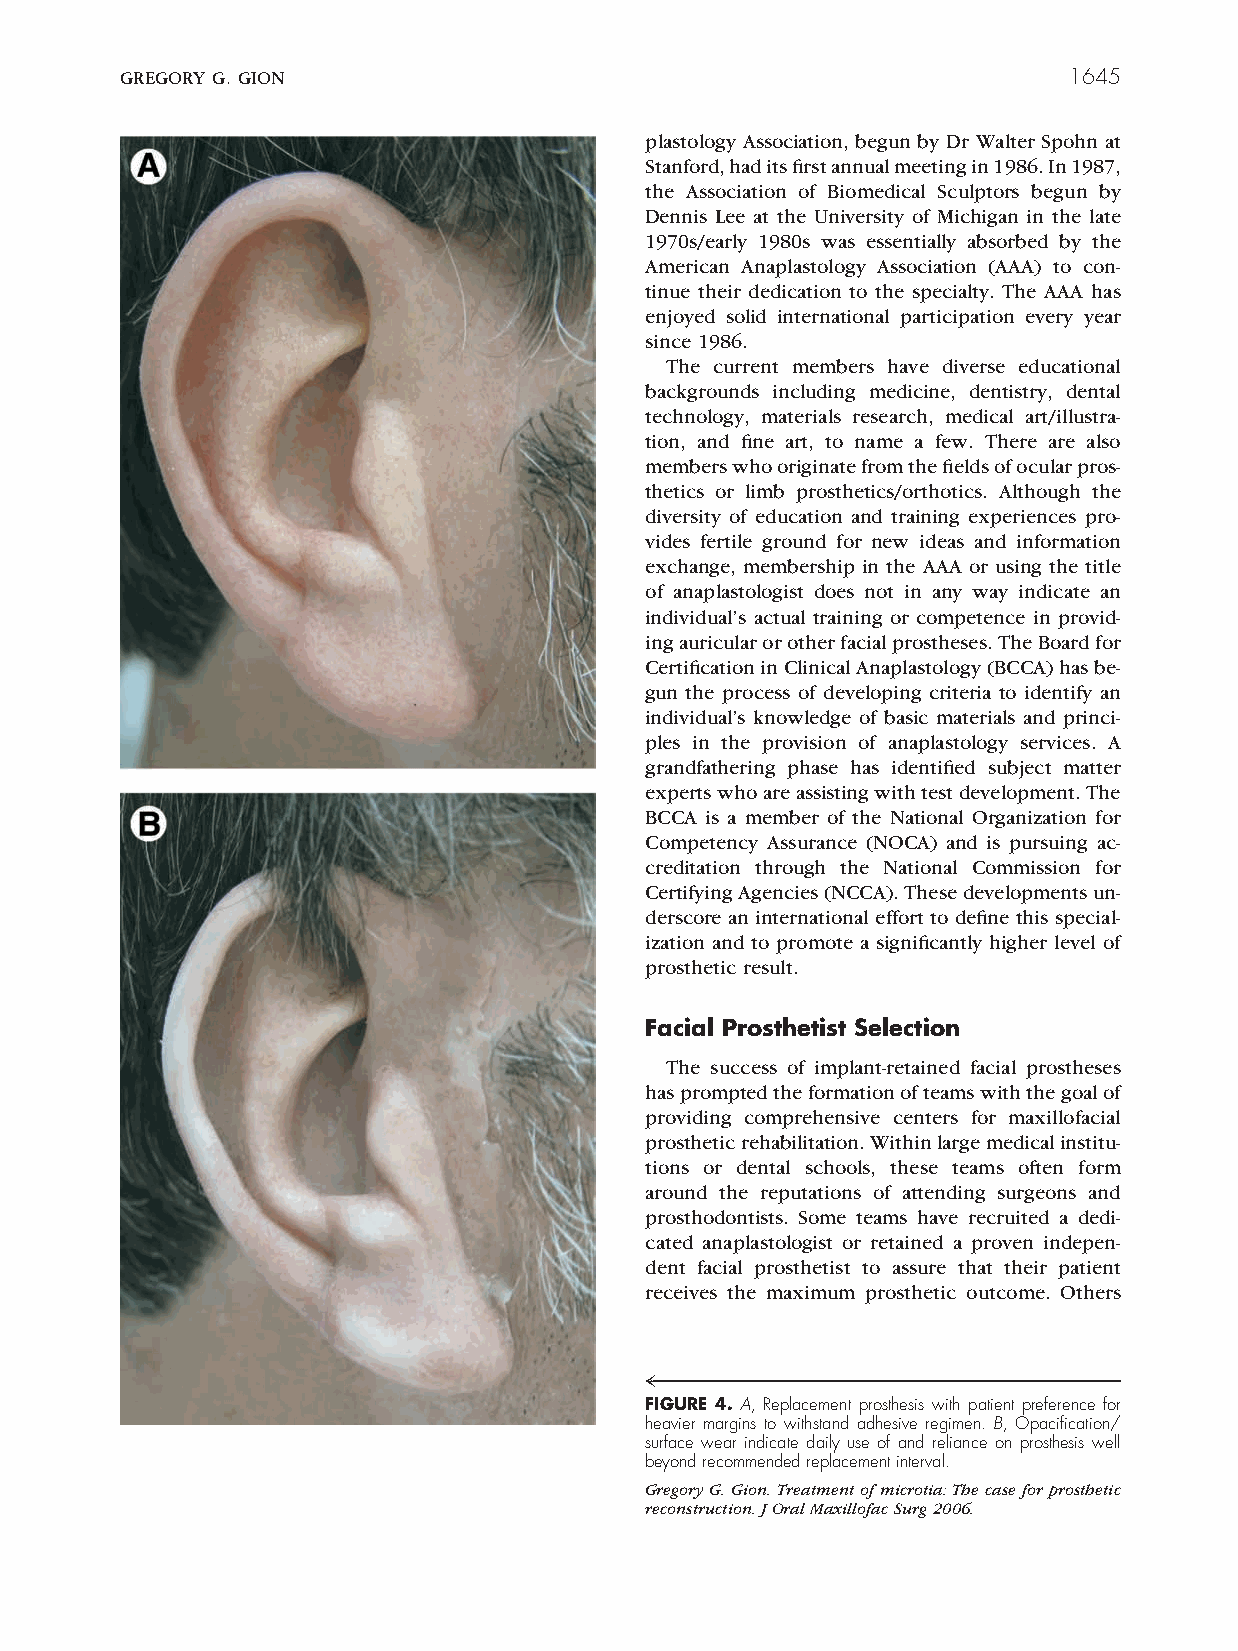
GREGORY G. GION                                                1645
 plastology Association, begun by Dr Walter Spohn at
 Stanford,haditsfirstannualmeetingin1986.In1987,
 the Association of Biomedical Sculptors begun by
 Dennis Lee at the University of Michigan in the late
 1970s/early 1980s was essentially absorbed by the
 American Anaplastology Association (AAA) to con-
 tinue their dedication to the specialty. The AAA has
 enjoyed solid international participation every year
 since 1986.
 The current members have diverse educational
 backgrounds including medicine, dentistry, dental
 technology, materials research, medical art/illustra-
 tion, and fine art, to name a few. There are also
 memberswhooriginatefromthefieldsofocularpros-
 thetics or limb prosthetics/orthotics. Although the
 diversity of education and training experiences pro-
 vides fertile ground for new ideas and information
 exchange, membership in the AAA or using the title
 of anaplastologist does not in any way indicate an
 individual’s actual training or competence in provid-
 ingauricularorotherfacialprostheses.TheBoardfor
 CertificationinClinicalAnaplastology(BCCA)hasbe-
 gun the process of developing criteria to identify an
 individual’s knowledge of basic materials and princi-
 ples in the provision of anaplastology services. A
 grandfathering phase has identified subject matter
 expertswhoareassistingwithtestdevelopment.The
 BCCA is a member of the National Organization for
 Competency Assurance (NOCA) and is pursuing ac-
 creditation through the National Commission for
 CertifyingAgencies(NCCA).Thesedevelopmentsun-
 derscore an international effort to define this special-
 ization and to promote a significantly higher level of
 prosthetic result.
 Facial Prosthetist Selection
 The success of implant-retained facial prostheses
 haspromptedtheformationofteamswiththegoalof
 providing comprehensive centers for maxillofacial
 prostheticrehabilitation.Withinlargemedicalinstitu-
 tions or dental schools, these teams often form
 around the reputations of attending surgeons and
 prosthodontists. Some teams have recruited a dedi-
 cated anaplastologist or retained a proven indepen-
 dent facial prosthetist to assure that their patient
 receives the maximum prosthetic outcome. Others
 4™™™™™™™™™™™™™™™™™™™™™™™™™™™™™™™™™™
 FIGURE 4. A, Replacement prosthesis with patient preference for
 heavier margins to withstand adhesive regimen. B, Opacification/
 surface wear indicate daily use of and reliance on prosthesis well
 beyondrecommendedreplacementinterval.
 GregoryG.Gion.Treatmentofmicrotia:Thecaseforprosthetic
 reconstruction.JOralMaxillofacSurg2006.